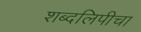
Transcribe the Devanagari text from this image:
शब्दलिपीचा